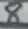
Text: 8